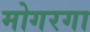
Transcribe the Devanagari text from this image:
मोगरगा